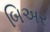
બિઅર